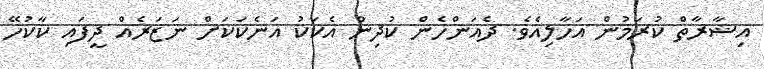
އިޝާރާތް ކުރަމުން އަހާލިއެވެ. ދެއަންހެން ކުދިން އެކަކު އަނެކަކަށް ނަޒަރެއް ދީފައި ކާކުހޭ